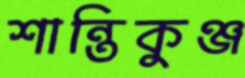
শান্তিকুঞ্জ